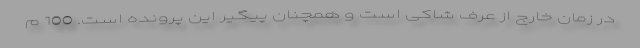
در زمان خارج از عرف شاکی است و همچنان پیگیر این پرونده است. 100 م